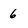
Character: 6